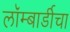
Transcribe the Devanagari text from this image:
लॉम्बार्डीचा